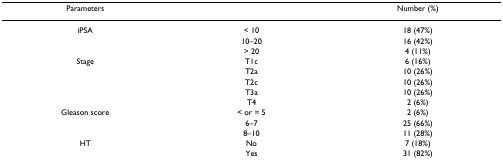
<table><thead><tr><td><b>Parameters</b></td><td></td><td><b>Number (%)</b></td></tr></thead><tbody><tr><td>iPSA</td><td>&lt; 10</td><td>18 (47%)</td></tr><tr><td></td><td>10–20</td><td>16 (42%)</td></tr><tr><td></td><td>&gt; 20</td><td>4 (11%)</td></tr><tr><td>Stage</td><td>T1c</td><td>6 (16%)</td></tr><tr><td></td><td>T2a</td><td>10 (26%)</td></tr><tr><td></td><td>T2c</td><td>10 (26%)</td></tr><tr><td></td><td>T3a</td><td>10 (26%)</td></tr><tr><td></td><td>T4</td><td>2 (6%)</td></tr><tr><td>Gleason score</td><td>&lt; or = 5</td><td>2 (6%)</td></tr><tr><td></td><td>6–7</td><td>25 (66%)</td></tr><tr><td></td><td>8–10</td><td>11 (28%)</td></tr><tr><td>HT</td><td>No</td><td>7 (18%)</td></tr><tr><td></td><td>Yes</td><td>31 (82%)</td></tr></tbody></table>